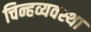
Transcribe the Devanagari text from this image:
चिन्हव्यवस्था